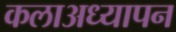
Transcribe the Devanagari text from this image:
कलाअध्यापन